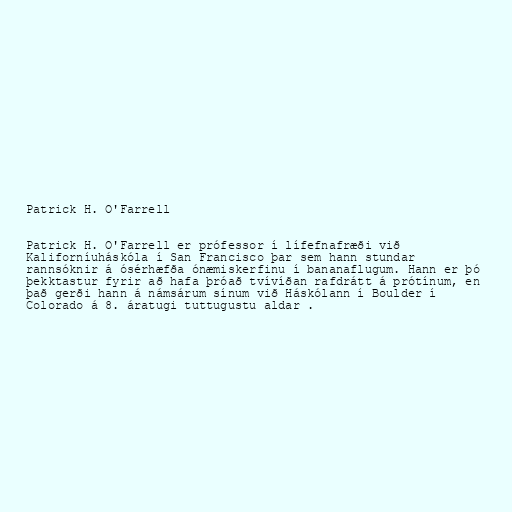
Patrick H. O'Farrell

Patrick H. O'Farrell er prófessor í lífefnafræði við
Kaliforníuháskóla í San Francisco þar sem hann stundar
rannsóknir á ósérhæfða ónæmiskerfinu í bananaflugum. Hann er þó
þekktastur fyrir að hafa þróað tvívíðan rafdrátt á prótínum, en
það gerði hann á námsárum sínum við Háskólann í Boulder í
Colorado á 8. áratugi tuttugustu aldar .